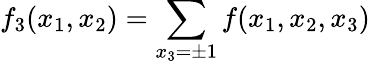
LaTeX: f_{3}(x_{1},x_{2})=\sum_{x_{3}=\pm 1}f(x_{1},x_{2},x_{3})